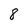
Character: 8